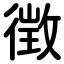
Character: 徴